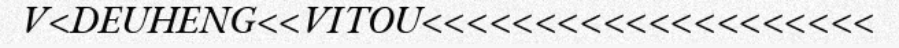
V<DEUHENG<<VITOU<<<<<<<<<<<<<<<<<<<<